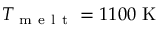
T _ { \mathrm { ~ m ~ e ~ l ~ t ~ } } = 1 1 0 0 \mathrm { ~ K ~ }